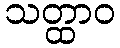
သတ္ထာဝ